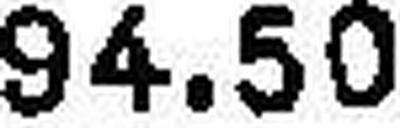
94.50